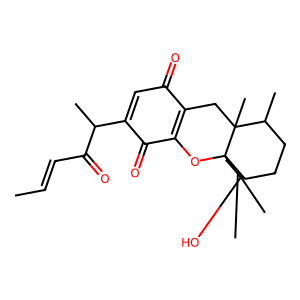
SMILES: CC=CC(=O)C(C)C1=CC(=O)C2=C(OC34CCC(O)C(C)(C)C3CCC(C)C4(C)C2)C1=O
Inhibits HIV replication: No